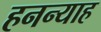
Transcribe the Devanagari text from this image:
हनन्याह